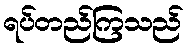
ရပ်တည်ကြသည်